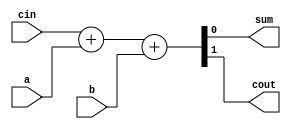
//Full adder//

module full_addr
 (
  input a,
  input b,
  input cin,
 

  output sum,
  output cout
 );
assign{cout,sum} = cin + a + b;

endmodule